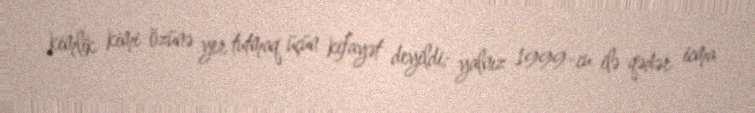
kimlik kimi özünə yer tutmaq üçün kifayət deyildi; yalnız 1999-cu ilə qədər icma